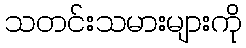
သတင်းသမားများကို